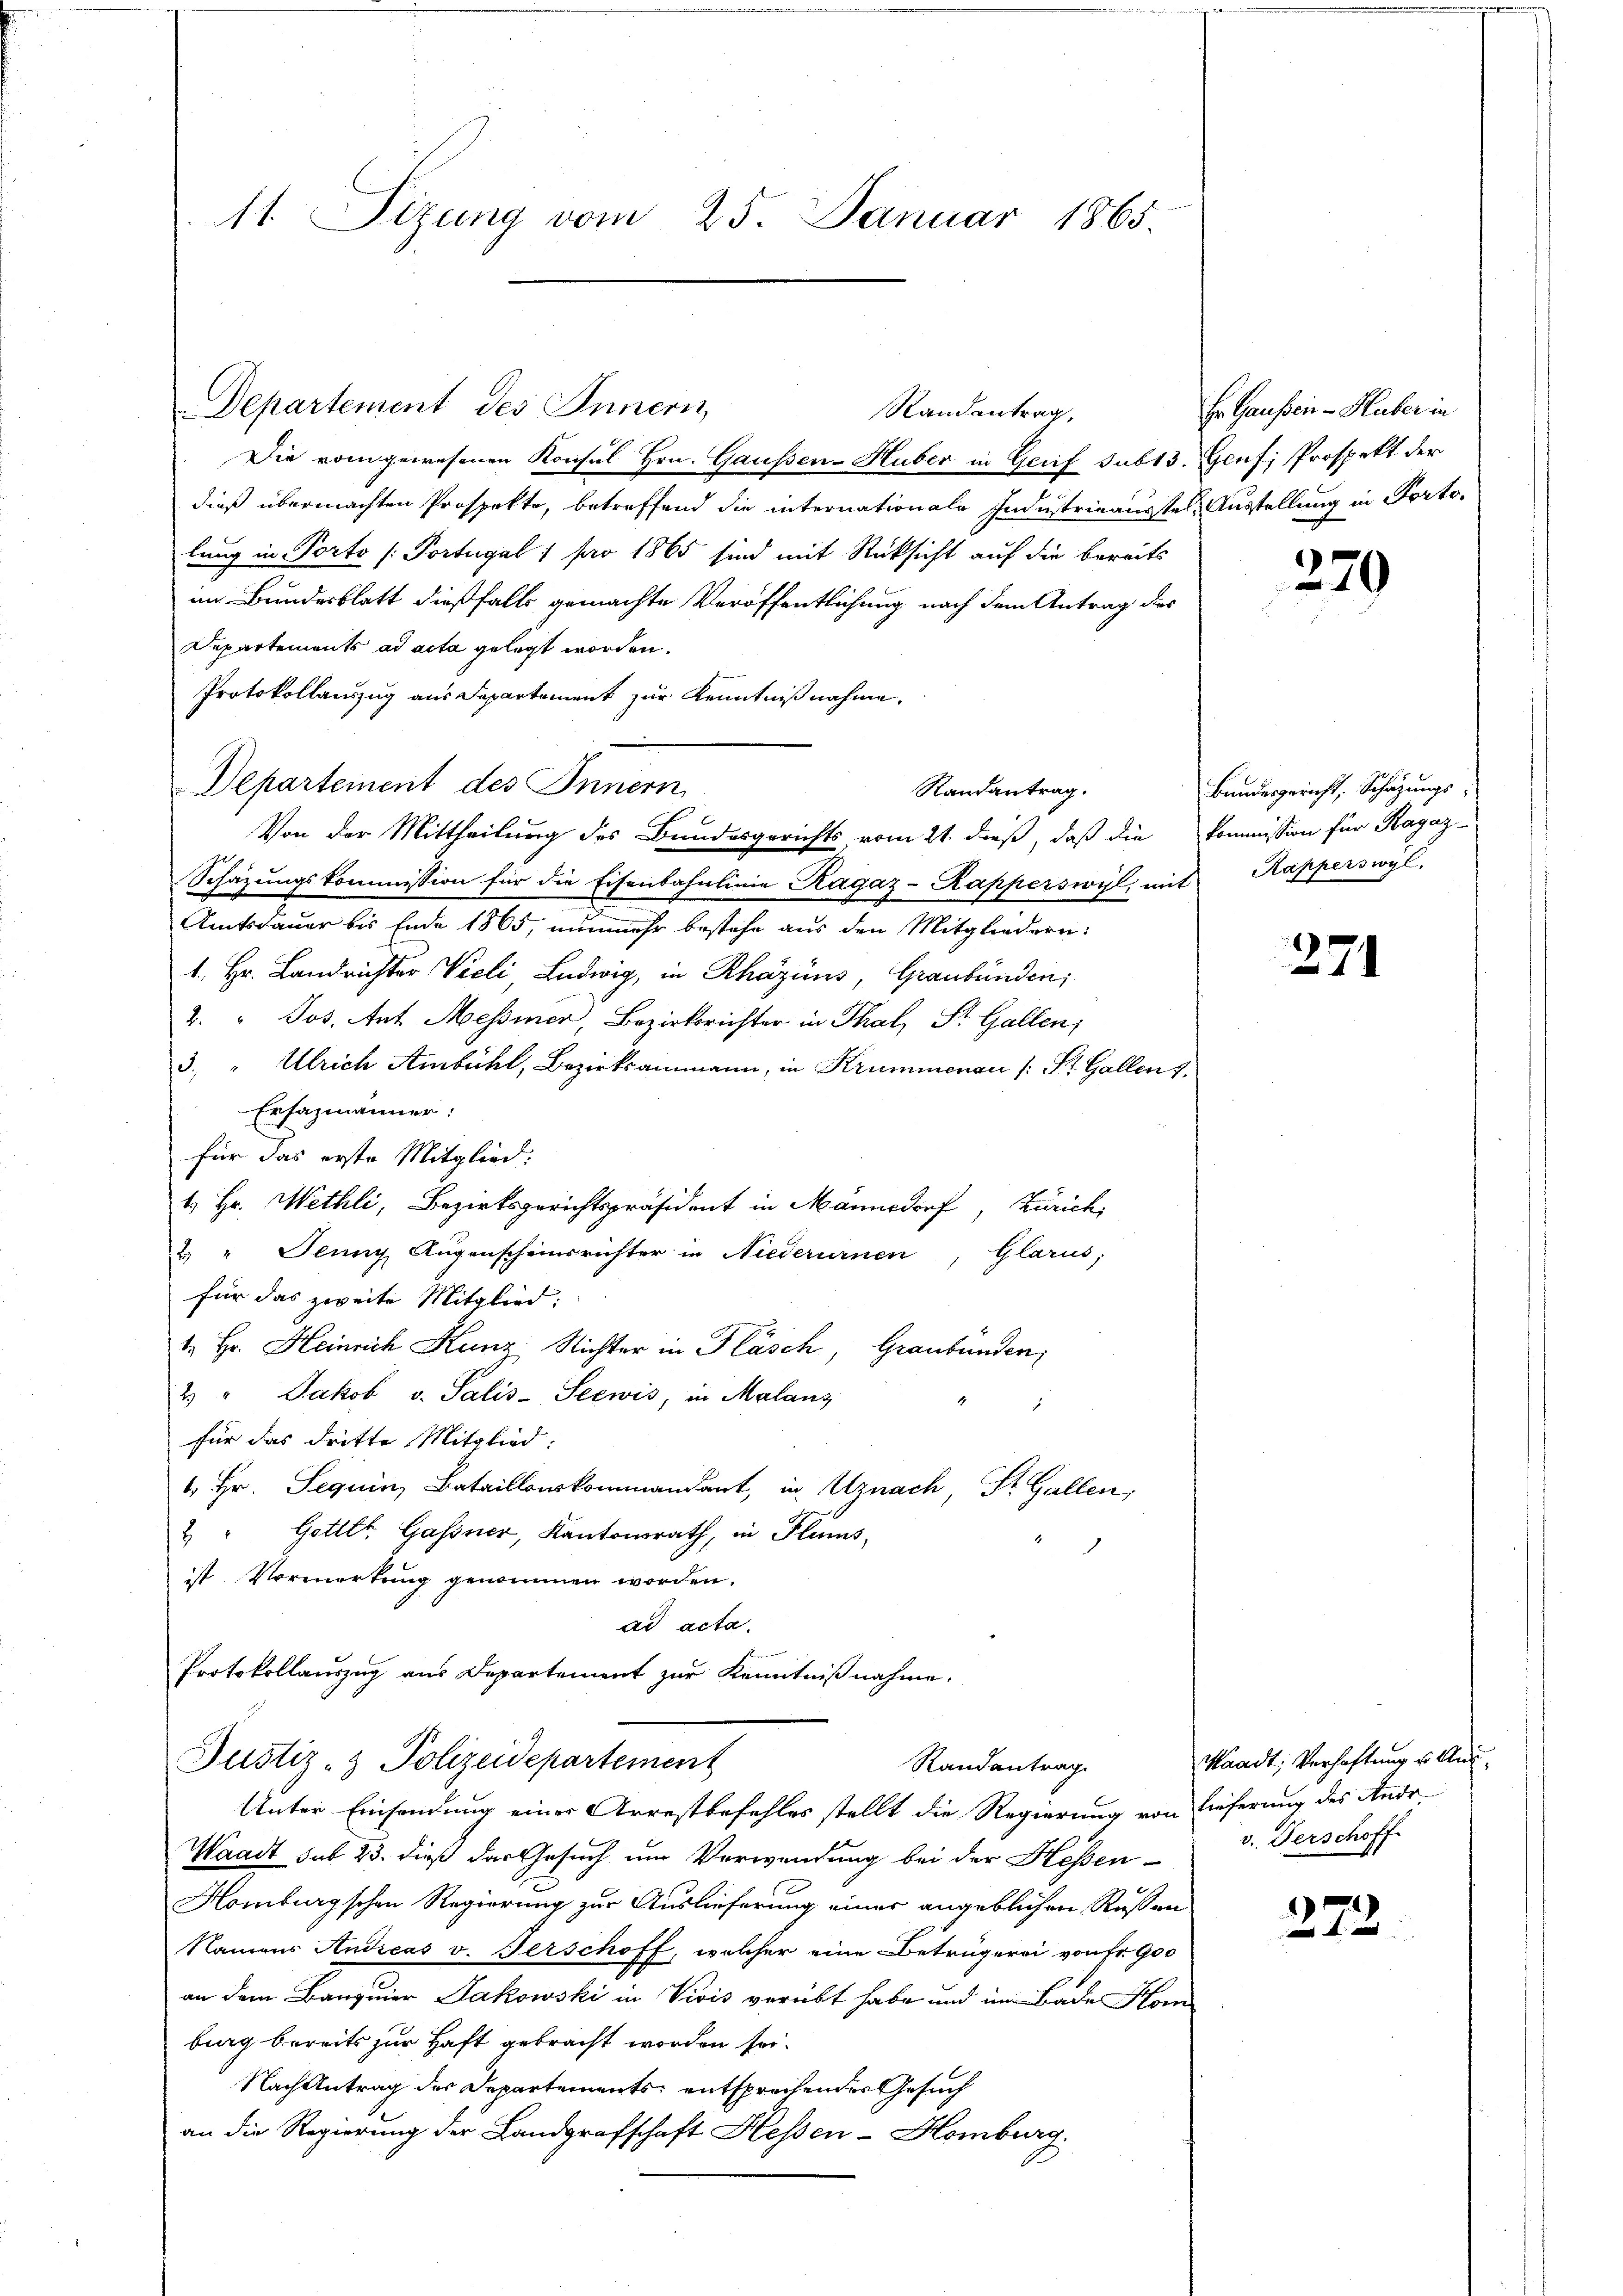
11. Sizung vom 25. Januar 1865.

Randantrag,
Die vom gewesenen Konsul Hrn. Gaussen-Huber in Greif subt3. Genf, Prospekt der
dieß übermachten Prospekte, betreffend die internationale Industrieaustel, Ausstellung in Portolung in Porto / Portugal 1 pro 1865 sind mit Rücksicht auf die bereits
im Bundesblatt dießfalls gemachte Veröffentlichung nach dem Antrag der
Departements ad acta gelegt worden.
Protokollauszug aus Departement zur Kenntnißnahme.
Departement des Innern
Randantrag.
Von der Mittheilung des Bundesgerichts, vom 21. dieß, daß die Kommission für Ragaz
Schazungskommission für die Eisenbahnlinie Ragaz-Kapperswil mit Kapperswyl,
Amtsdauer bis Ende 1865, nunmehr bestehe aus den Mitgliedern:
1. Hr. Landrichter Vieli, Ludwig, in Rhazins, Graubünden;
4. " Jos. Ant. Messiner, Bezirksrichter in Thal, St. Gallen;
3. " Ulrich Ambühl, Bezirksammann, in Krummenau (: St. Gallen 3.
Ersazmänner:
für das erste Mitglied:
1. Hr. Wethli, Bezirksgerichtspräsident in Mannsdorf, Zürich,
u " Jeung Augenscheinsrichter in Niederurnen, Glarus;
für das zweite Mitglied:
t. Hr. Heinrich Kunz Richter in Kläsch, Graubünden,
2. " Jakob v. Salis-Seewis, in Malanz
2
für das dritte Mitglied:
1. Hr. Seguin, Bataillonskommandant, in Uznach, St. Gallen,
2 " Gottet. Gassner, Kantonsrath, in Flums,
ist Vormerkung genommen worden.
ad acta.
Protokollauszug aus Departement zur Kenntnißnahme.

Departement des Innern,

Waadt sub 23. dieß der Gesuch um Verwendung bei der Hessen-
Homburgschen Regierung zur Auslieferung einer angeblichen Russen
Namens Andreas v. Ferschoff, welcher eine Betrügerei von fr. 900
an dem Banquier Jakowski in Vivis verübt habe und im Bade Hom
burg bereits zur Haft gebracht worden sei.
Nach Antrag der Departements, entsprochendes Gesuch
an die Regierung der Landgrafschaft Hessen-Homburg.

Justiz- & Polizeidepartement
Randantrag.
Unter Einsendung einer Arrestbefehles stellt die Regierung von Lieferung des Andr

Er Gausen - Huber in

379

Bundesgericht, Schazungs-

271

Waadt, Verhaftung u. Ausv. Verschoff

272